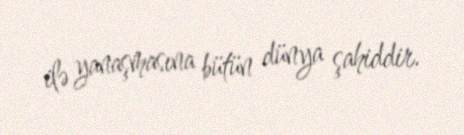
ilə yanaşmasına bütün dünya şahiddir.